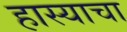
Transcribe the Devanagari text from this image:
हास्याचा